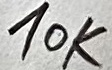
Text: 10K